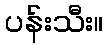
ပန်းသီး။